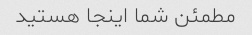
مطمئن شما اینجا هستید